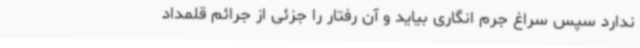
ندارد سپس سراغ جرم انگاری بیاید و آن رفتار را جزئی از جرائم قلمداد